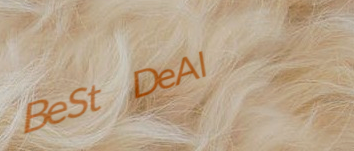
BeSt DeAl